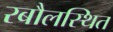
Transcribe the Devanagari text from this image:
रबौलस्थित